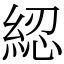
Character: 綛